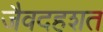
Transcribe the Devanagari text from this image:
जैवदहशत